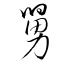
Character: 舅